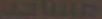
مستاجي